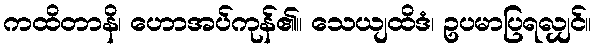
ကထိတာနိ၊ ဟောအပ်ကုန်၏။ သေယျထိဒံ၊ ဥပမာပြရလျှင်။